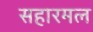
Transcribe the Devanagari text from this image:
सहारमल